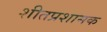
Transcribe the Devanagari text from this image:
शीतप्रशामक